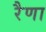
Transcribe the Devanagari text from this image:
रैणा